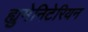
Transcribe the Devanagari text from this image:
ह्युमेनिटेरियन